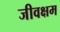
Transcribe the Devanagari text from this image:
जीवक्षम